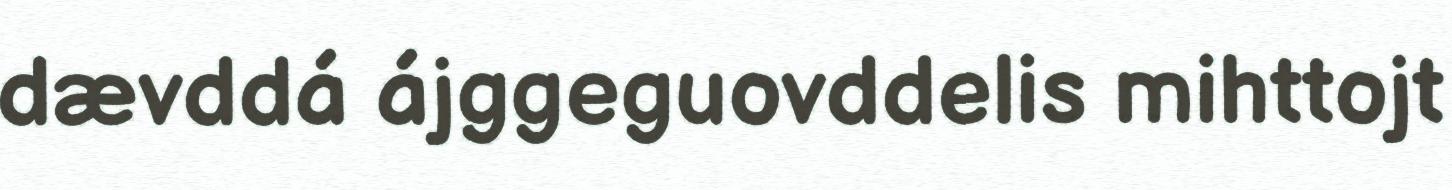
dævddá ájggeguovddelis mihttojt